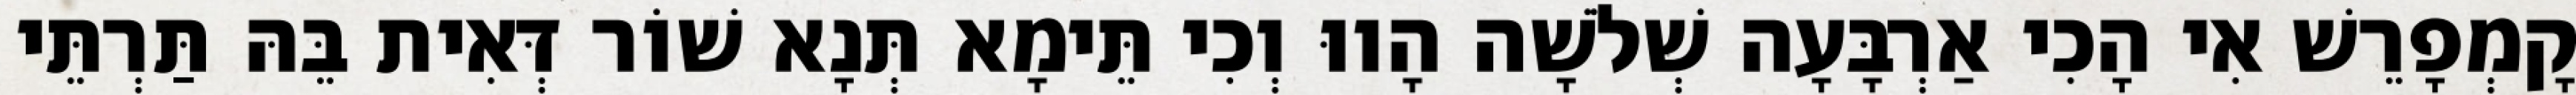
קָמְפָרֵשׁ אִי הָכִי אַרְבָּעָה שְׁלֹשָׁה הָווּ וְכִי תֵּימָא תְּנָא שׁוֹר דְּאִית בֵּהּ תַּרְתֵּי